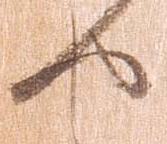
せ